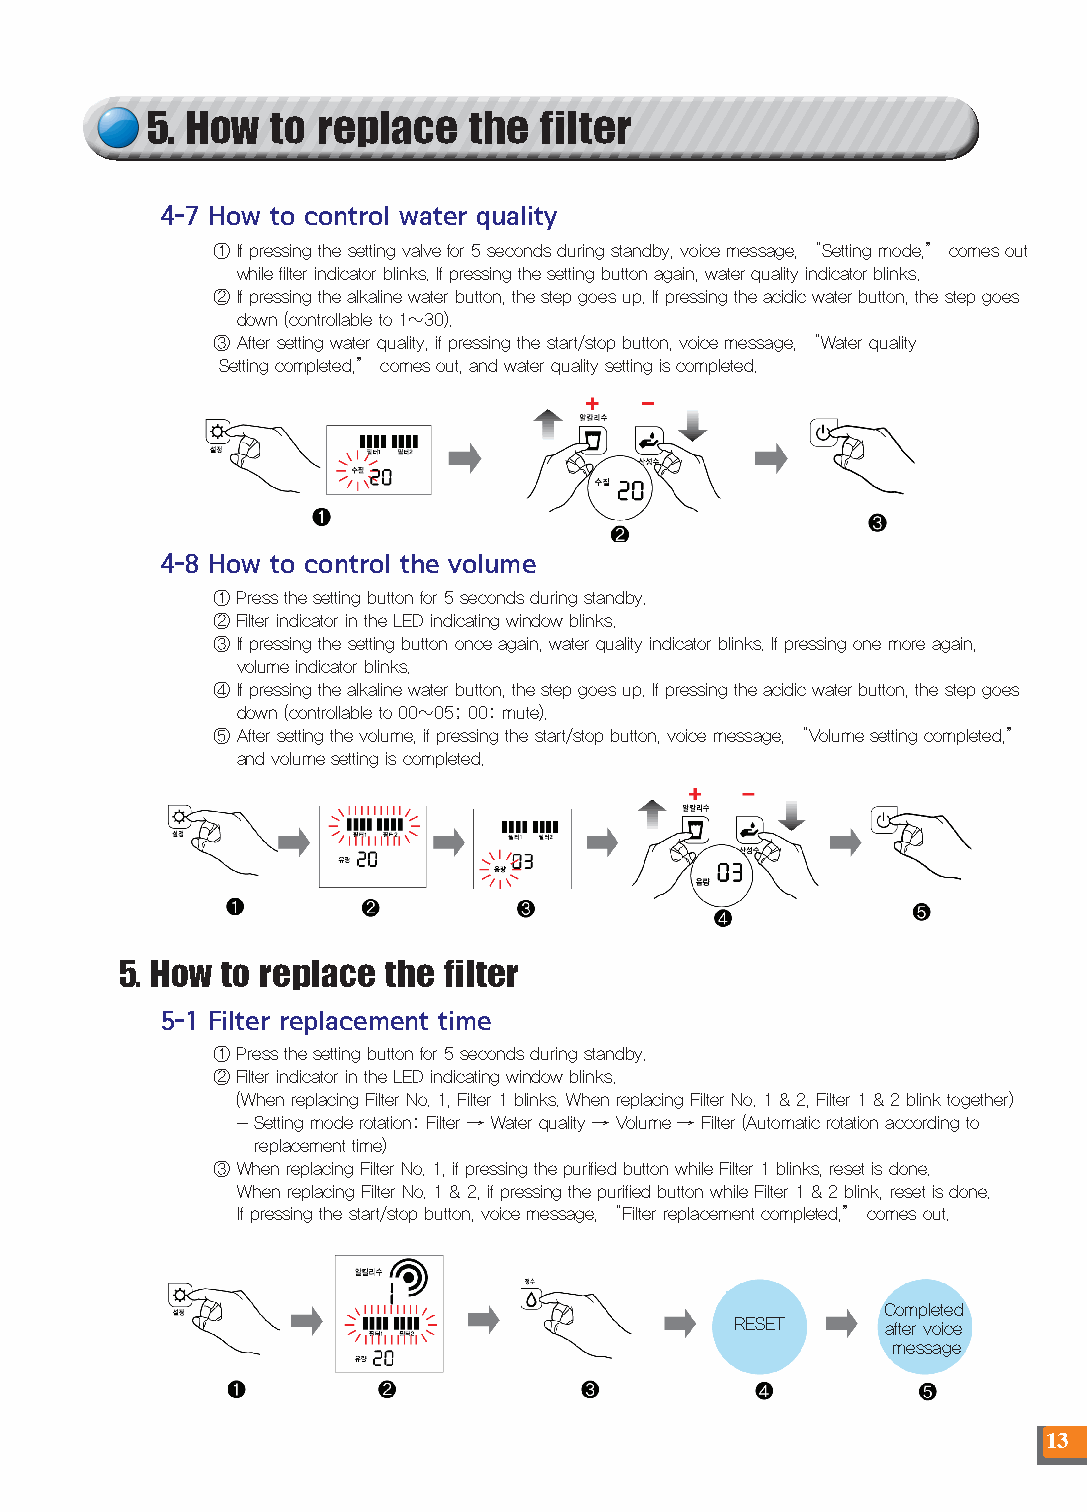
5. How  to replace   the  filter
 4-7 How to control water quality
 ① If pressing the setting valve for 5 seconds during standby, voice message, “Setting mode,” comes out
 while filter indicator blinks. If pressing the setting button again, water quality indicator blinks.
 ② If pressing the alkaline water button, the step goes up. If pressing the acidic water button, the step goes
 down (controllable to 1~30).
 ③ After setting water quality, if pressing the start/stop button, voice message, “Water quality
 Setting completed,” comes out, and water quality setting is completed.
 4-8 How to control the volume
 ① Press the setting button for 5 seconds during standby.
 ② Filter indicator in the LED indicating window blinks.
 ③ If pressing the setting button once again, water quality indicator blinks. If pressing one more again,
 volume indicator blinks.
 ④ If pressing the alkaline water button, the step goes up. If pressing the acidic water button, the step goes
 down (controllable to 00~05; 00: mute).
 ⑤ After setting the volume, if pressing the start/stop button, voice message, “Volume setting completed,”
 and volume setting is completed.
 5. How to replace the filter
 5-1 Filter replacement time
 ① Press the setting button for 5 seconds during standby.
 ② Filter indicator in the LED indicating window blinks.
 (When replacing Filter No. 1, Filter 1 blinks. When replacing Filter No. 1 & 2, Filter 1 & 2 blink together)
 - Setting mode rotation: Filter → Water quality → Volume → Filter (Automatic rotation according to
 replacement time)
 ③ When replacing Filter No. 1, if pressing the purified button while Filter 1 blinks, reset is done.
 When replacing Filter No. 1 & 2, if pressing the purified button while Filter 1 & 2 blink, reset is done.
 If pressing the start/stop button, voice message, “Filter replacement completed,” comes out.
 Completed
 RESET     after voice
 message
 13